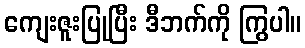
ကျေးဇူးပြုပြီး ဒီဘက်ကို ကြွပါ။